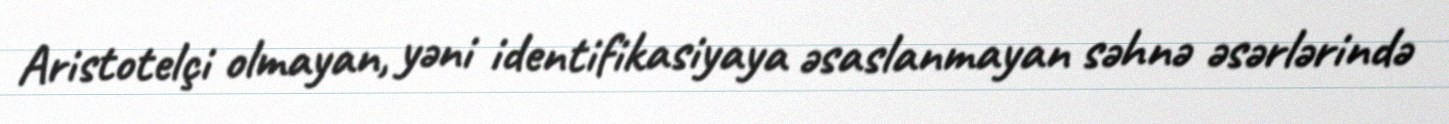
Aristotelçi olmayan, yəni identifikasiyaya əsaslanmayan səhnə əsərlərində